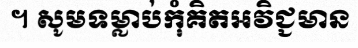
។ សូមទម្លាប់កុំគិតអវិជ្ជមាន